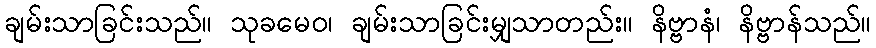
ချမ်းသာခြင်းသည်။ သုခမေဝ၊ ချမ်းသာခြင်းမျှသာတည်း။ နိဗ္ဗာနံ၊ နိဗ္ဗာန်သည်။